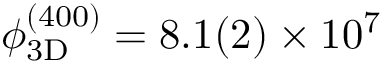
\ensuremath { \phi _ { \mathrm { 3 D } } } ^ { ( 4 0 0 ) } = 8 . 1 ( 2 ) \times 1 0 ^ { 7 }